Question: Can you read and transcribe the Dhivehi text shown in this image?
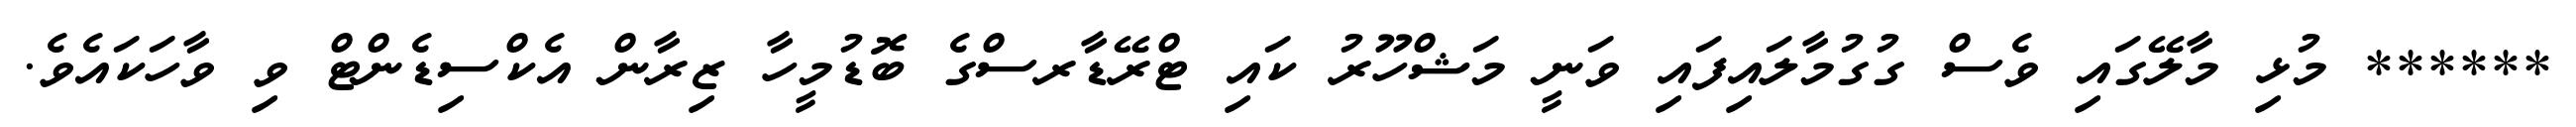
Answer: ****** މުޅި މާލޭގައި ވެސް ގުގުމާލައިފައި ވަނީ މަޝްހޫރު ކައި ޓްރޭޑާރސްގެ ބޮޑުމީހާ ޒިރާން އެކްސިޑެންޓް ވި ވާހަކައެވެ.